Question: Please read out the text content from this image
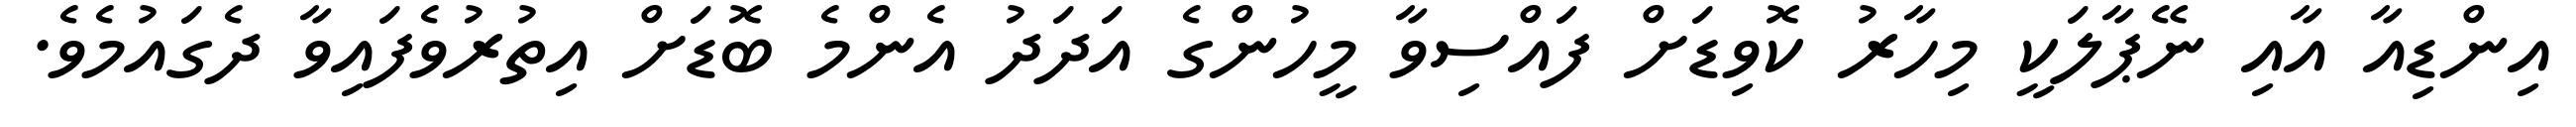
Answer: އިންޑިއާ އާއި ނޭޕާލަކީ މިހާރު ކޮވިޑަށް ފައްސިވާ މީހުންގެ އަދަދު އެންމެ ބޮޑަށް އިތުރުވެފައިވާ ދެގައުމެވެ.